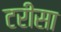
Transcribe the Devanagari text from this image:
टरीसा